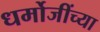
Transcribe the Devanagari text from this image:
धर्मोजींच्या